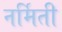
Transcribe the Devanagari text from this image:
नर्मिती